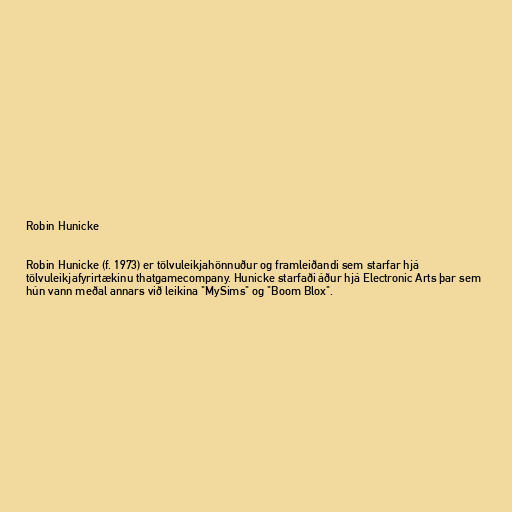
Robin Hunicke

Robin Hunicke (f. 1973) er tölvuleikjahönnuður og framleiðandi sem starfar hjá
tölvuleikjafyrirtækinu thatgamecompany. Hunicke starfaði áður hjá Electronic Arts þar sem
hún vann meðal annars við leikina "MySims" og "Boom Blox".